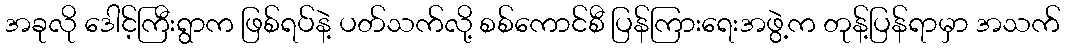
အခုလို ဒေါင့်ကြီးရွာက ဖြစ်ရပ်နဲ့ ပတ်သက်လို့ စစ်ကောင်စီ ပြန်ကြားရေးအဖွဲ့က တုန့်ပြန်ရာမှာ အသက်